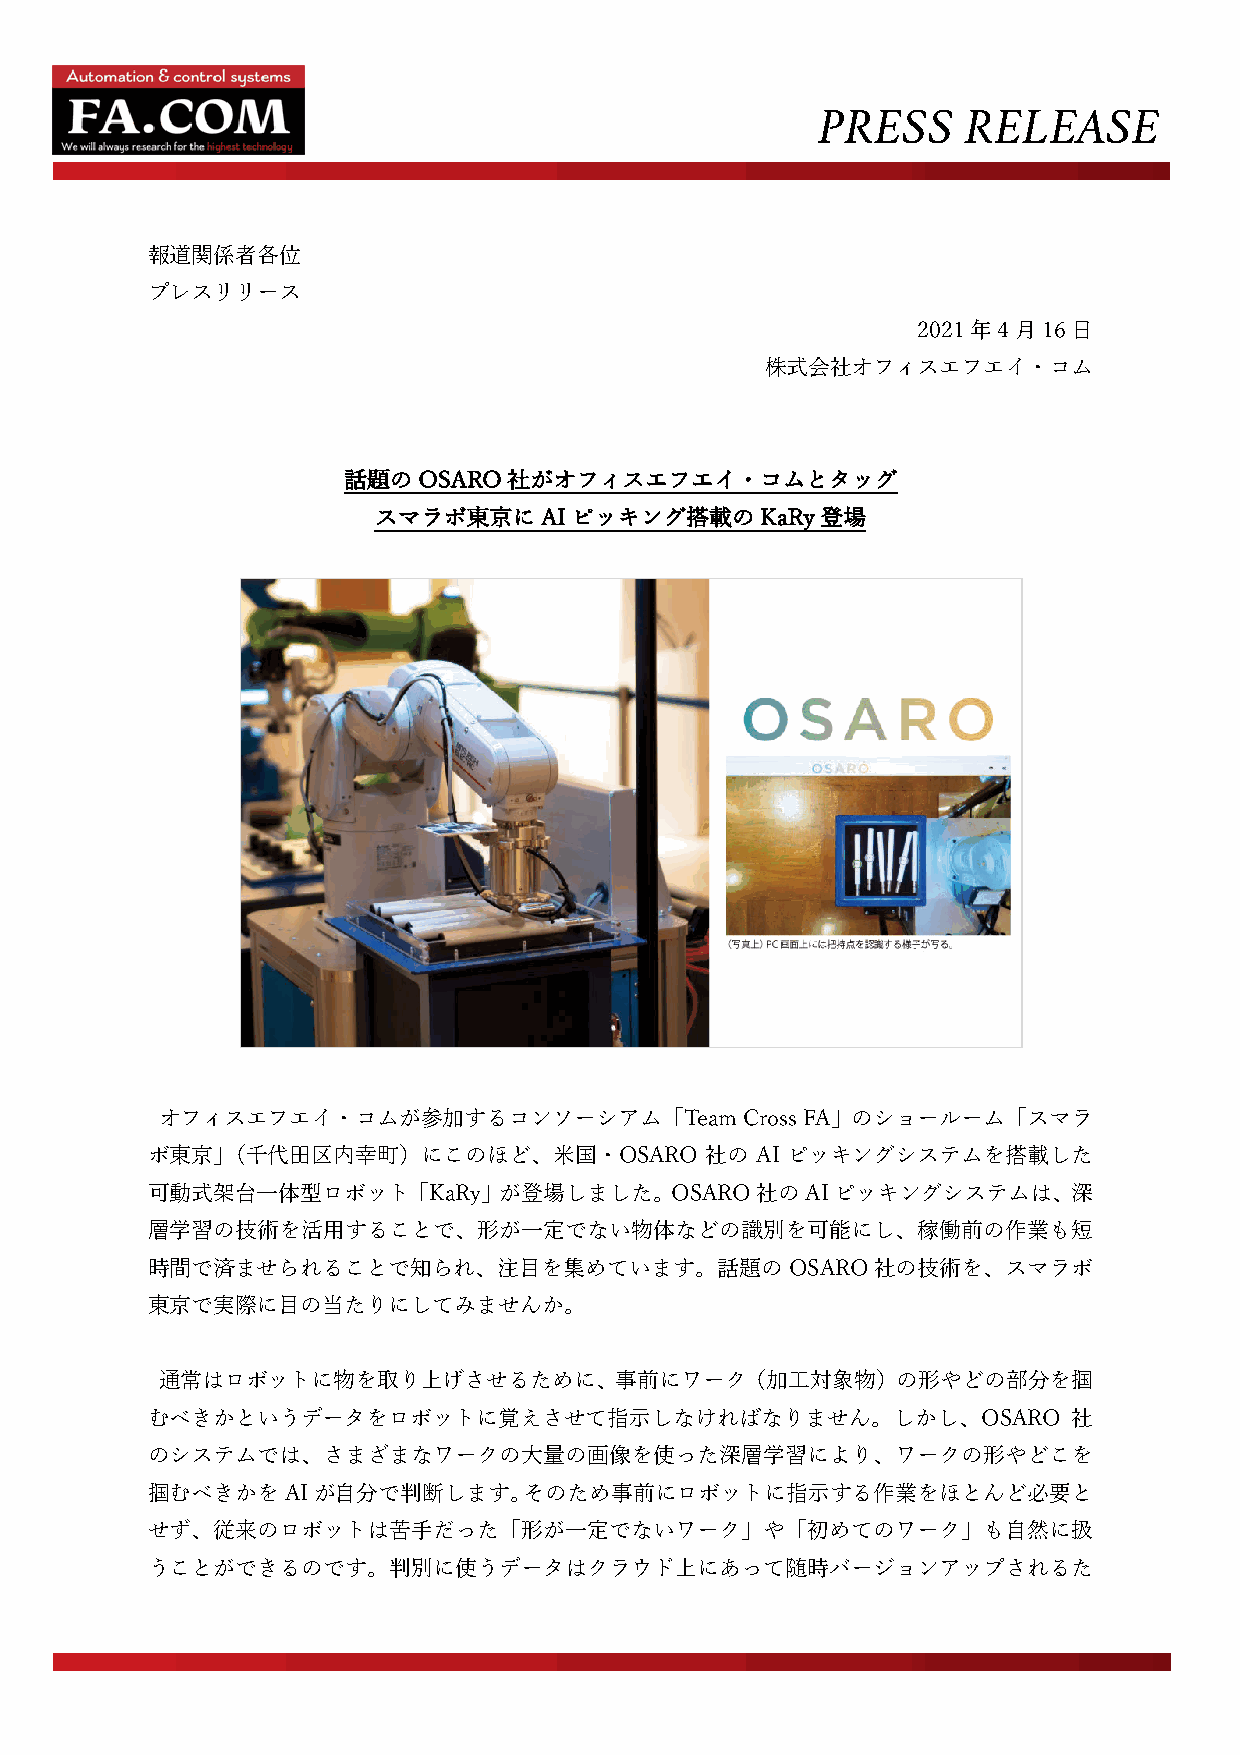
PRESS     RELEASE
 報道関係者各位
 プレスリリース
 2021年4⽉16⽇
 株式会社オフィスエフエイ・コム
 話題のOSARO社がオフィスエフエイ・コムとタッグ
 スマラボ東京にAIピッキング搭載のKaRy登場
 オフィスエフエイ・コムが参加するコンソーシアム「Team          Cross FA」のショールーム「スマラ
 ボ東京」（千代⽥区内幸町）にこのほど、⽶国・OSARO          社の AI ピッキングシステムを搭載した
 可動式架台⼀体型ロボット「KaRy」が登場しました。OSARO社のAIピッキングシステムは、深
 層学習の技術を活⽤することで、形が⼀定でない物体などの識別を可能にし、稼働前の作業も短
 時間で済ませられることで知られ、注⽬を集めています。話題のOSARO社の技術を、スマラボ
 東京で実際に⽬の当たりにしてみませんか。
 通常はロボットに物を取り上げさせるために、事前にワーク（加⼯対象物）の形やどの部分を掴
 むべきかというデータをロボットに覚えさせて指⽰しなければなりません。しかし、OSARO                  社
 のシステムでは、さまざまなワークの⼤量の画像を使った深層学習により、ワークの形やどこを
 掴むべきかをAIが⾃分で判断します。そのため事前にロボットに指⽰する作業をほとんど必要と
 せず、従来のロボットは苦⼿だった「形が⼀定でないワーク」や「初めてのワーク」も⾃然に扱
 うことができるのです。判別に使うデータはクラウド上にあって随時バージョンアップされるた